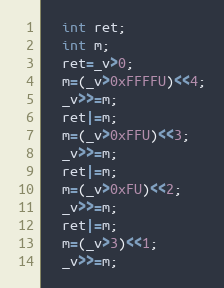
Language: C
  int ret;
  int m;
  ret=_v>0;
  m=(_v>0xFFFFU)<<4;
  _v>>=m;
  ret|=m;
  m=(_v>0xFFU)<<3;
  _v>>=m;
  ret|=m;
  m=(_v>0xFU)<<2;
  _v>>=m;
  ret|=m;
  m=(_v>3)<<1;
  _v>>=m;